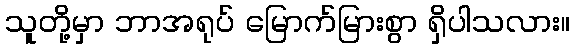
သူတို့မှာ ဘာအရုပ် မြောက်မြားစွာ ရှိပါသလား။